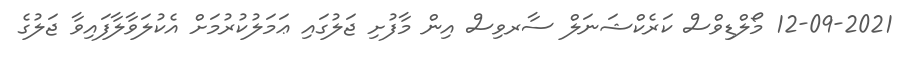
12-09-2021 މޯލްޑިވްސް ކަރެކްޝަނަލް ސާރވިސް އިން މާފުށި ޖަލުގައި ޢަމަލުކުރުމަށް އެކުލަވާލާފައިވާ ޖަލުގެ